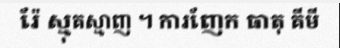
រ៉ែ ស្មុគស្មាញ ។ ការញែក ធាតុ គីមី